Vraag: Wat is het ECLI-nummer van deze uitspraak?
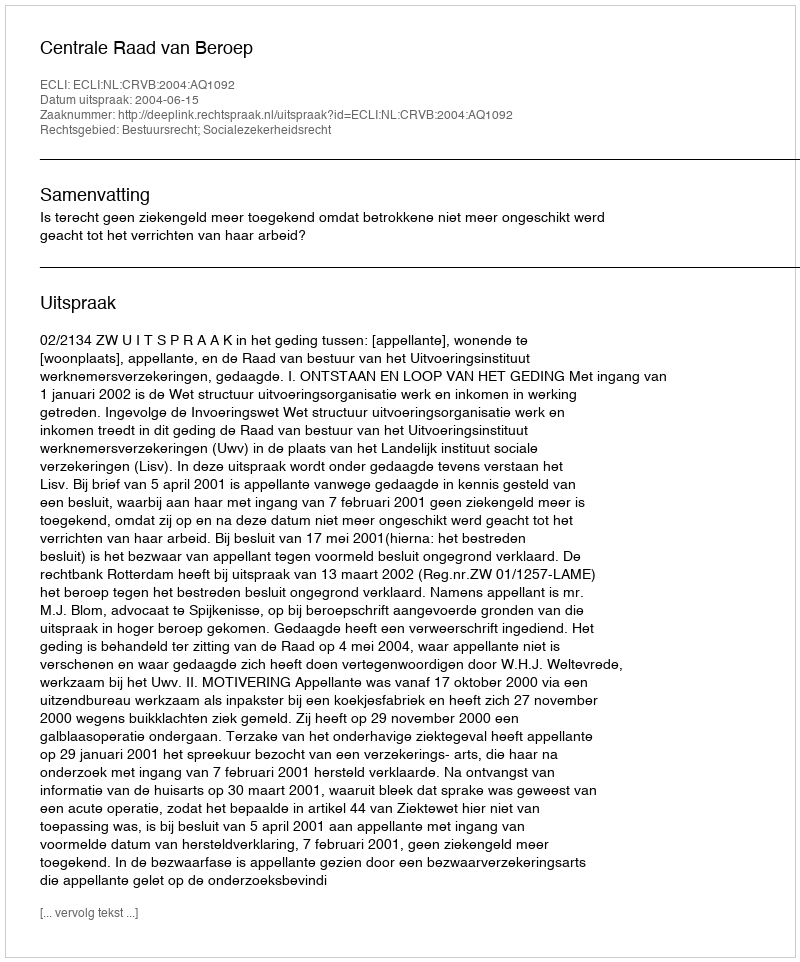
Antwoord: ECLI:NL:CRVB:2004:AQ1092